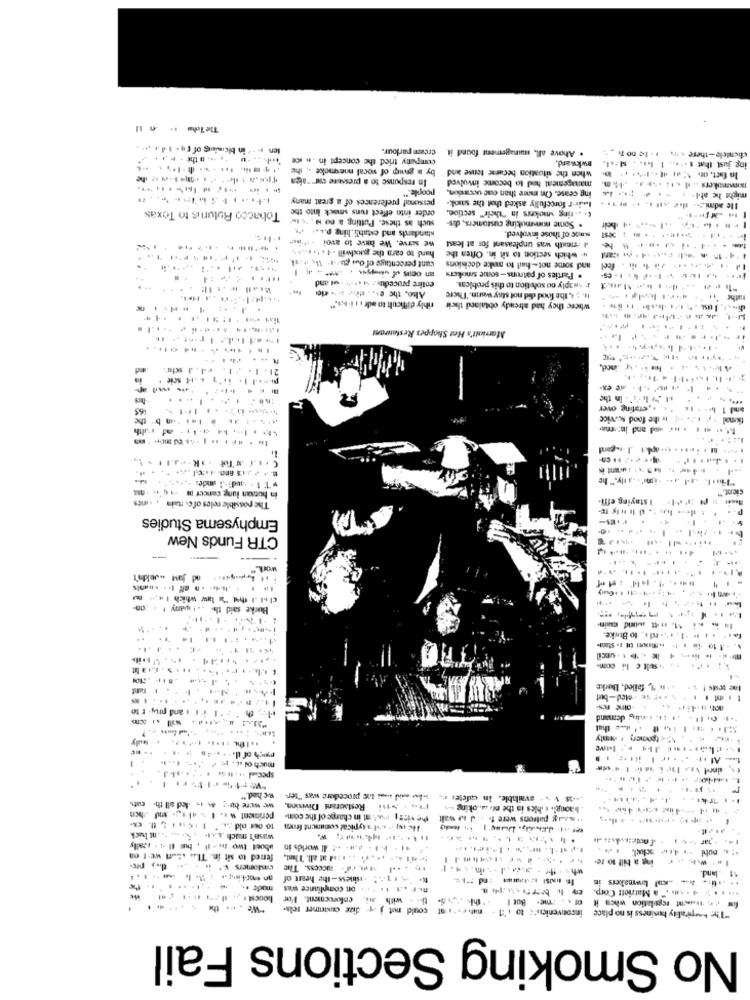
Cream parlour.
. Above all, management found it
. -.. . the - ...
company tried the concept in .. Ke
clientele-there 4 1 - Le no
...... ...... . ..... ..
by a group of vocal mesmoke ., the
when the situation became tense and
awkward.
ing just that t ., I ht. , st-al.
In response to a pressure car "nien
managemeat had to become involved
people."
ing cease. On more than cac occasion.
pomerokers .. ... ... .. -
might he abl- : -. - --
personal preferences of a great many
Imir-f forcefully asked that the sunok-
order into effect runs smack Into the
". .. ting smokers in "their" section.
Ile admi .:.. the .... .. .. .. .. .
Tobacco Ruturis to Texas
such as these. Putting a no M. 's, ler
. Some mesmoking customers, dis-
standards and establi. hing p ....
ne serve. We have to avoi . "Br
i -neath was unpleasant for at least
wRoc of those involved.
-------
hard to earn the goodwill .4 ..... 45
" which section to sit in. Often the
cant percentage of oui (ur 1 ,1l
. Parties of patruns-some smokers
and some not-had to make decisions
-
entire procedu. 14 1* *** - gal and
Abo, the es. thy a > dle
I'maply no solution to this probleat.
It. ; 4 the food did not stay wann. There
where they had already obtained their rihly difficult to adr . 1 i. k."
Marrinit's Het Shoppes Restaurant
ed
21. 1 . /1. 4.1 schr.
............
165
and 1 | - - 18. ... ., crating over
tional . ... . is the food survice
CHINATot .......
in bustan lung cancer # -+q'n .a
The possible reles of es rtain . vinEs
I staying effi-
cient."
Emphysema Studies
CTR Funds New
cll the law which 14 ,--
Burke said the .. ! apany . . com
.....
....
las. .. # 1. ... ide, to Burke.
......
the tous ! . . .. n 1, failed, Barke
th : " I ii . and prej- r to
15%< tpomery # vemty
spec .. .... .. . . ..
....
schad."
i.les aid is toc procedere was "ter-
.+45 1 . - available. In cafeter r.
we were bu- a in ded all the cats
1a - >isi Restaurant Division,
. baong .. 1 .hies is the no woking .s
periment . .. 1 . 41+ ,;- md .hcn
the vics, Pu.tat in charge of the com-
To our old .... "
Hle 1 , weil a typical coounent from
wasn't much ...... . .. .. ... nl luck
about two lo - Il , but (1 4 - scally
.41 - F.I. a.w. .. dl worlds in
ferred to sit in. Tlu Luft we-t on
ing a bill 10 fe:
Gindomers .
". "- 11- - sines-the heart of
-
11 .land.
......
mode ...
on compliance was
... . . . ...... Marriott Corp.
. . with .i.
Of . . : me. But I
los , ist regulation when it
.
the
We . ..
dize customer reis-
could not J 4'
inconvenicnr< to ( 11 - mire . . i at could
"The hospitality business is no place
No Smoking Sections Fail